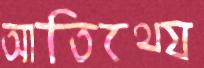
আতিথ্যে